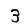
Digit: 3